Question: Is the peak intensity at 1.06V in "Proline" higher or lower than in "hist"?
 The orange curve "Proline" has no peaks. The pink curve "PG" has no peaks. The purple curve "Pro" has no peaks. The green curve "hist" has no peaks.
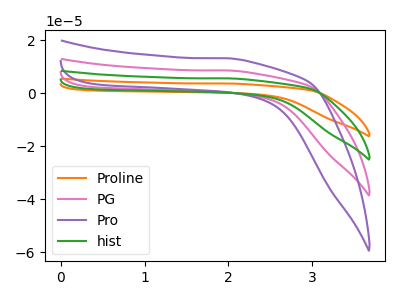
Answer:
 <answer>"Proline" and "hist" dont share a peak at 1.06V.</answer>
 <eval>mismatch</eval>